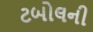
ટબોલની